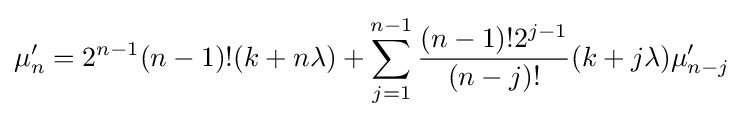
\mu '_{n}=2^{n-1}(n-1)!(k+n\lambda )+\sum _{j=1}^{n-1}{\frac {(n-1)!2^{j-1}}{(n-j)!}}(k+j\lambda )\mu '_{n-j}